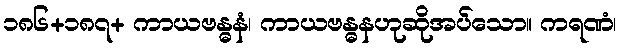
၁၈၆+၁၈၇+ ကာယဗန္ဓနံ၊ ကာယဗန္ဓနဟုဆိုအပ်သော။ ကရဏံ၊